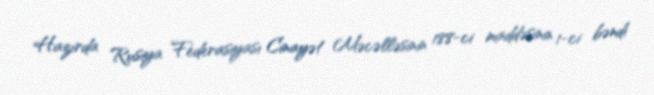
Hazırda Rusiya Federasiyası Cinayət Məcəlləsinin 188-ci maddəsinin 1-ci bəndi